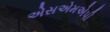
એસએમએપી